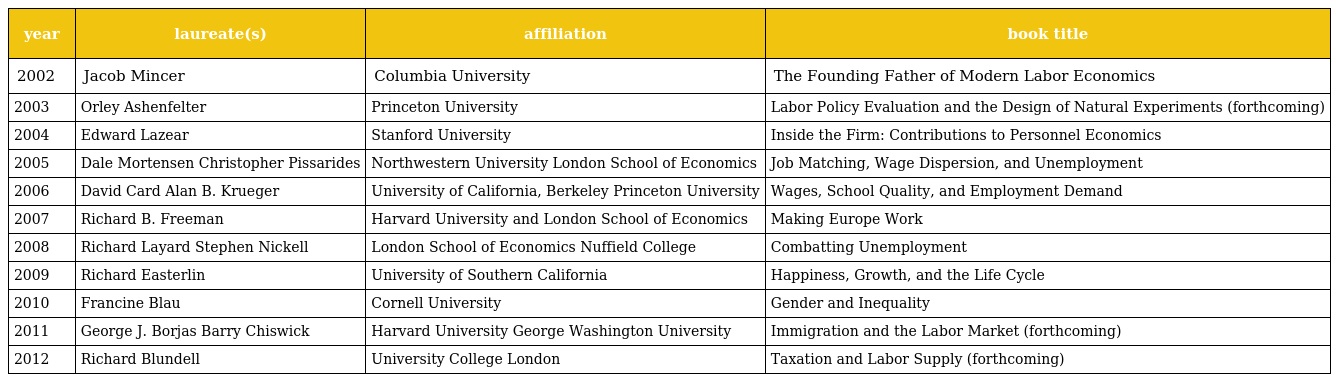
| year | laureate(s) | affiliation | book title |
 | --- | --- | --- | --- |
 | 2002 | Jacob Mincer | Columbia University | The Founding Father of Modern Labor Economics |
 | 2003 | Orley Ashenfelter | Princeton University | Labor Policy Evaluation and the Design of Natural Experiments (forthcoming) |
 | 2004 | Edward Lazear | Stanford University | Inside the Firm: Contributions to Personnel Economics |
 | 2005 | Dale Mortensen Christopher Pissarides | Northwestern University London School of Economics | Job Matching, Wage Dispersion, and Unemployment |
 | 2006 | David Card Alan B. Krueger | University of California, Berkeley Princeton University | Wages, School Quality, and Employment Demand |
 | 2007 | Richard B. Freeman | Harvard University and London School of Economics | Making Europe Work |
 | 2008 | Richard Layard Stephen Nickell | London School of Economics Nuffield College | Combatting Unemployment |
 | 2009 | Richard Easterlin | University of Southern California | Happiness, Growth, and the Life Cycle |
 | 2010 | Francine Blau | Cornell University | Gender and Inequality |
 | 2011 | George J. Borjas Barry Chiswick | Harvard University George Washington University | Immigration and the Labor Market (forthcoming) |
 | 2012 | Richard Blundell | University College London | Taxation and Labor Supply (forthcoming) |